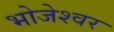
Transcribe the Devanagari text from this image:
भोजेश्‍वर